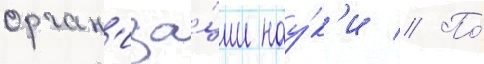
орган'иза́ции нау́к'и // По́